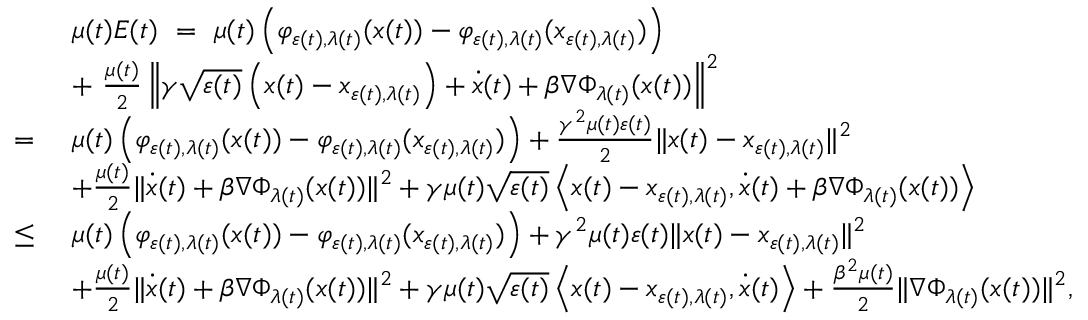
\begin{array} { r l } & { \mu ( t ) E ( t ) \ = \ \mu ( t ) \left( \varphi _ { \varepsilon ( t ) , \lambda ( t ) } ( x ( t ) ) - \varphi _ { \varepsilon ( t ) , \lambda ( t ) } ( x _ { \varepsilon ( t ) , \lambda ( t ) } ) \right) } \\ & { + \ \frac { \mu ( t ) } { 2 } \left\| \gamma \sqrt { \varepsilon ( t ) } \left( x ( t ) - x _ { \varepsilon ( t ) , \lambda ( t ) } \right) + \dot { x } ( t ) + \beta \nabla \Phi _ { \lambda ( t ) } ( x ( t ) ) \right\| ^ { 2 } } \\ { = \ } & { \mu ( t ) \left( \varphi _ { \varepsilon ( t ) , \lambda ( t ) } ( x ( t ) ) - \varphi _ { \varepsilon ( t ) , \lambda ( t ) } ( x _ { \varepsilon ( t ) , \lambda ( t ) } ) \right) + \frac { \gamma ^ { 2 } \mu ( t ) \varepsilon ( t ) } { 2 } \| x ( t ) - x _ { \varepsilon ( t ) , \lambda ( t ) } \| ^ { 2 } } \\ & { + \frac { \mu ( t ) } { 2 } \| \dot { x } ( t ) + \beta \nabla \Phi _ { \lambda ( t ) } ( x ( t ) ) \| ^ { 2 } + \gamma \mu ( t ) \sqrt { \varepsilon ( t ) } \left\langle x ( t ) - x _ { \varepsilon ( t ) , \lambda ( t ) } , \dot { x } ( t ) + \beta \nabla \Phi _ { \lambda ( t ) } ( x ( t ) ) \right\rangle } \\ { \leq \ } & { \mu ( t ) \left( \varphi _ { \varepsilon ( t ) , \lambda ( t ) } ( x ( t ) ) - \varphi _ { \varepsilon ( t ) , \lambda ( t ) } ( x _ { \varepsilon ( t ) , \lambda ( t ) } ) \right) + \gamma ^ { 2 } \mu ( t ) \varepsilon ( t ) \| x ( t ) - x _ { \varepsilon ( t ) , \lambda ( t ) } \| ^ { 2 } } \\ & { + \frac { \mu ( t ) } { 2 } \| \dot { x } ( t ) + \beta \nabla \Phi _ { \lambda ( t ) } ( x ( t ) ) \| ^ { 2 } + \gamma \mu ( t ) \sqrt { \varepsilon ( t ) } \left\langle x ( t ) - x _ { \varepsilon ( t ) , \lambda ( t ) } , \dot { x } ( t ) \right\rangle + \frac { \beta ^ { 2 } \mu ( t ) } { 2 } \| \nabla \Phi _ { \lambda ( t ) } ( x ( t ) ) \| ^ { 2 } , } \end{array}